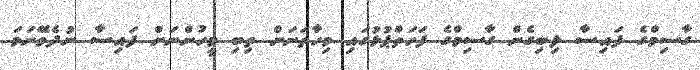
ގާސިމްގެ ފައިސާ ލިބިގެން ގާސިމްގެ ފަހަތްޕުޅުގައި މިހާތަނަށް ތިބި މީހުންނަށް ފައިސާ ނުދެވޭނަމަ